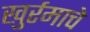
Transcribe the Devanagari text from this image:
खुर्रमाचे